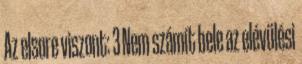
Az elsore viszont: 3 Nem számít bele az elévülési